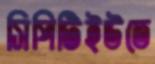
সিপিটিইউতে